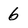
Character: 6